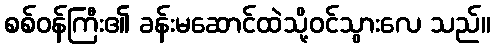
စစ်ဝန်ကြီး၏ ခန်းမဆောင်ထဲသို့ဝင်သွားလေ သည်။